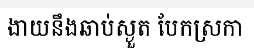
ងាយនឹងឆាប់ស្ងួត បែកស្រកា